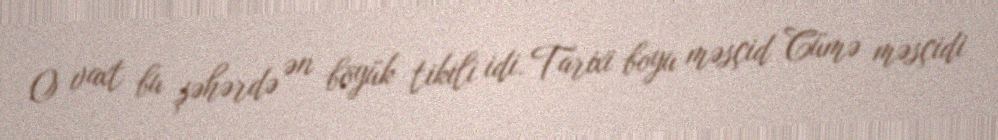
O vaxt bu şəhərdə ən böyük tikili idi. Tarixi boyu məsçid Cümə məsçidi